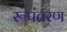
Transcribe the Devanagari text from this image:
रूपंतरण